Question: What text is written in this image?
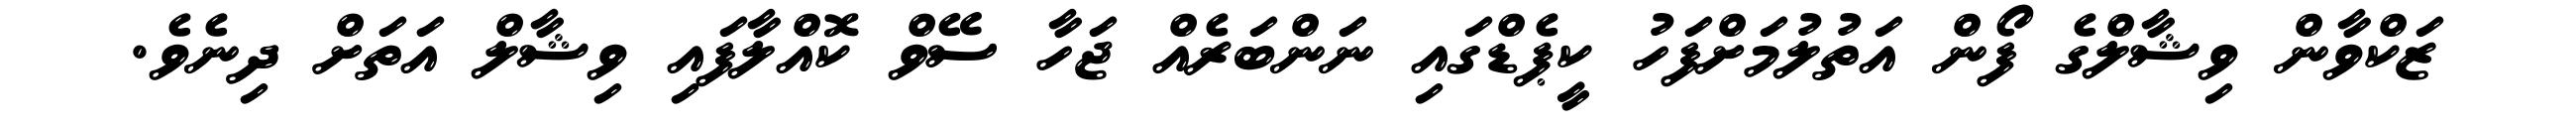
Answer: ޒަކްވާން ވިޝާލްގެ ފޯން އަތުލުމަށްފަހު ކީޕެޑްގައި ނަންބަރެއް ޖަހާ ސޭވް ކޮއްލާފައި ވިޝާލް އަތަށް ދިނެވެ.